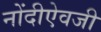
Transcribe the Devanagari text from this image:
नोंदीऐवजी